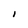
Character: I